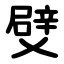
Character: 䢃